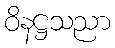
ဝိနဋ္ဌသညာ